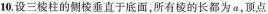
10.设三棱柱的侧棱垂直于底面，所有棱的长都为a，顶点